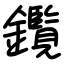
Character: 鑬